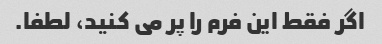
اگر فقط این فرم را پر می کنید، لطفا.